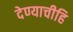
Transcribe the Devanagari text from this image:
देण्याचीहि